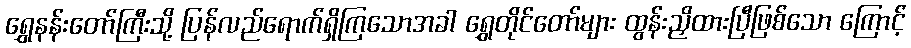
ရွှေနန်းတော်ကြီးသို့ ပြန်လည်ရောက်ရှိကြသောအခါ ရွှေတိုင်တော်များ ထွန်းညှိထားပြီဖြစ်သော ကြောင့်